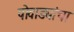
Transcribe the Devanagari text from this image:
पोवाड्यांचा